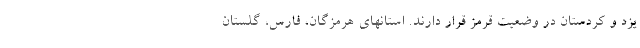
یزد و کردستان در وضعیت قرمز قرار دارند. استانهای هرمزگان، فارس، گلستان